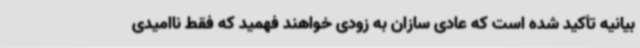
بیانیه تأکید شده است که عادی سازان به زودی خواهند فهمید که فقط ناامیدی